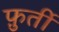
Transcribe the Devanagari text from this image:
फ़ुर्ती